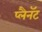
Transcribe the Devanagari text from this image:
प्लैनॅट